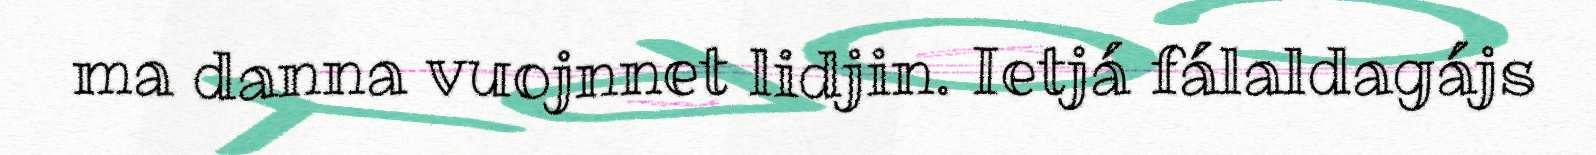
ma danna vuojnnet lidjin. Ietjá fálaldagájs